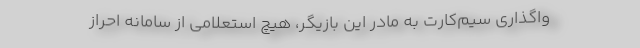
واگذاری سیم‌کارت به مادر این بازیگر، هیچ استعلامی از سامانه احراز